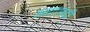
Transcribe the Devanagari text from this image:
अग्राएवढी